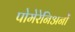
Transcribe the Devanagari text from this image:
पोमेरेनिअनों